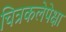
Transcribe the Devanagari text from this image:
चित्रकलेपेक्षा